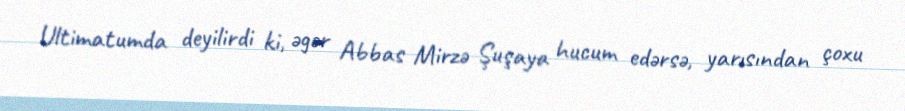
Ultimatumda deyilirdi ki, əgər Abbas Mirzə Şuşaya hucum edərsə, yarısından çoxu